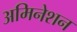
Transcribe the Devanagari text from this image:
अमिनेशन